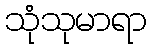
သုံသုမာရာ